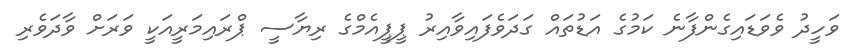
ވަހީދު ވެވަޑައިގެންފާނެ ކަމުގެ އަޑުތައް ގަދަވެފައިވާއިރު ޕީޕީއެމްގެ ރިޔާސީ ޕްރައިމަރީއަކީ ވަރަށް ވާދަވެރި